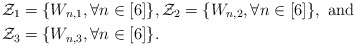
\begin{align*}\mathcal{Z}_1&=\{W_{n,1}, \forall n \in [6]\}, \mathcal{Z}_2=\{W_{n,2}, \forall n \in [6]\}, \textrm{ and}\\\mathcal{Z}_3&=\{W_{n,3}, \forall n \in [6]\}. \end{align*}